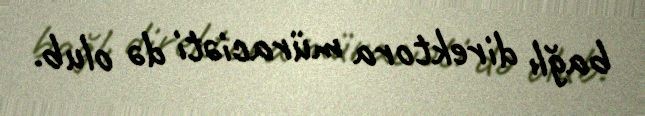
bağlı direktora müraciəti də olub.